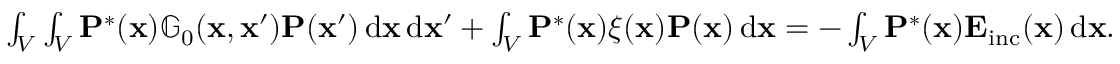
\begin{array} { r } { \int _ { V } \int _ { V } \mathbf { P } ^ { * } ( \mathbf { x } ) \mathbb { G } _ { 0 } ( \mathbf { x } , \mathbf { x } ^ { \prime } ) \mathbf { P } ( \mathbf { x } ^ { \prime } ) \, \mathrm { d } \mathbf { x } \, \mathrm { d } \mathbf { x } ^ { \prime } + \int _ { V } \mathbf { P } ^ { * } ( \mathbf { x } ) \xi ( \mathbf { x } ) \mathbf { P } ( \mathbf { x } ) \, \mathrm { d } \mathbf { x } = - \int _ { V } \mathbf { P } ^ { * } ( \mathbf { x } ) \mathbf { E } _ { \mathrm { i n c } } ( \mathbf { x } ) \, \mathrm { d } \mathbf { x } . } \end{array}